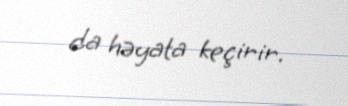
da həyata keçirir.